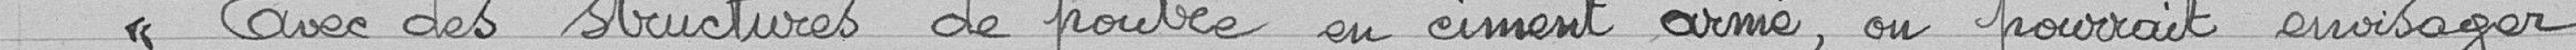
" Avec des structures de poutre en ciment armé, on pourrait envisager